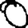
Digit: 0